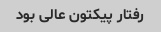
رفتار پیکتون عالی بود